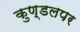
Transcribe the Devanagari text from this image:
कुण्डलपर